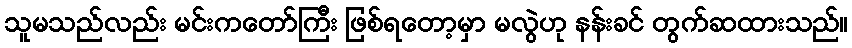
သူမသည်လည်း မင်းကတော်ကြီး ဖြစ်ရတော့မှာ မလွဲဟု နန်းခင် တွက်ဆထားသည်။